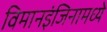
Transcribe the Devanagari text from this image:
विमानइंजिनामध्ये